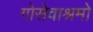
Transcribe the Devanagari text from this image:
गोसेवाश्रमो